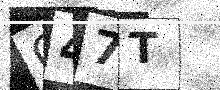
Text: O47T